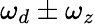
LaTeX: \omega_{d}\pm\omega_{z}